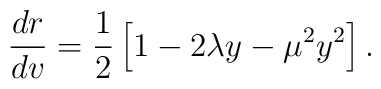
\frac{dr}{dv} = \frac{1}{2} \left[1 - 2 \lambda y - \mu^2 y^2\right].